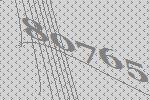
80765